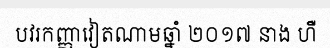
បវរកញ្ញាវៀតណាមឆ្នាំ ២០១៧ នាង ហឺ